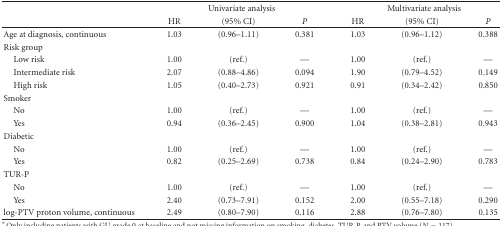
<table><thead><tr><td></td><td colspan="3"><b>Univariate analysis</b></td><td colspan="3"><b>Multivariate analysis</b></td></tr><tr><td></td><td><b>HR</b></td><td><b>(95% CI)</b></td><td><b><i>P</i></b></td><td><b>HR</b></td><td><b>(95% CI)</b></td><td><b><i>P</i></b></td></tr></thead><tbody><tr><td>Age at diagnosis, continuous</td><td>1.03</td><td>(0.96–1.11)</td><td>0.381</td><td>1.03</td><td>(0.96–1.12)</td><td>0.388</td></tr><tr><td>Risk group</td><td></td><td></td><td></td><td></td><td></td><td></td></tr><tr><td>Low risk</td><td>1.00</td><td>(ref.)</td><td>—</td><td>1.00</td><td>(ref.)</td><td>—</td></tr><tr><td>Intermediate risk</td><td>2.07</td><td>(0.88–4.86)</td><td>0.094</td><td>1.90</td><td>(0.79–4.52)</td><td>0.149</td></tr><tr><td>High risk</td><td>1.05</td><td>(0.40–2.73)</td><td>0.921</td><td>0.91</td><td>(0.34–2.42)</td><td>0.850</td></tr><tr><td>Smoker</td><td></td><td></td><td></td><td></td><td></td><td></td></tr><tr><td>No</td><td>1.00</td><td>(ref.)</td><td>—</td><td>1.00</td><td>(ref.)</td><td>—</td></tr><tr><td>Yes</td><td>0.94</td><td>(0.36–2.45)</td><td>0.900</td><td>1.04</td><td>(0.38–2.81)</td><td>0.943</td></tr><tr><td>Diabetic</td><td></td><td></td><td></td><td></td><td></td><td></td></tr><tr><td>No</td><td>1.00</td><td>(ref.)</td><td>—</td><td>1.00</td><td>(ref.)</td><td>—</td></tr><tr><td>Yes</td><td>0.82</td><td>(0.25–2.69)</td><td>0.738</td><td>0.84</td><td>(0.24–2.90)</td><td>0.783</td></tr><tr><td>TUR-P</td><td></td><td></td><td></td><td></td><td></td><td></td></tr><tr><td>No</td><td>1.00</td><td>(ref.)</td><td>—</td><td>1.00</td><td>(ref.)</td><td>—</td></tr><tr><td>Yes</td><td>2.40</td><td>(0.73–7.91)</td><td>0.152</td><td>2.00</td><td>(0.55–7.18)</td><td>0.290</td></tr><tr><td>log-PTV proton volume, continuous</td><td>2.49</td><td>(0.80–7.90)</td><td>0.116</td><td>2.88</td><td>(0.76–7.80)</td><td>0.135</td></tr></tbody></table>